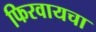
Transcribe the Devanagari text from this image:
फिरवायचा